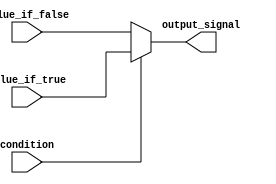
module conditional_assignment (
    input wire condition,
    input wire [3:0] value_if_true,
    input wire [3:0] value_if_false,
    output reg [3:0] output_signal
);

always @(*) begin
    if (condition) begin
        output_signal = value_if_true;
    end else begin
        output_signal = value_if_false;
    end
end

endmodule